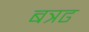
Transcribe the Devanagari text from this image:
बत्रढ